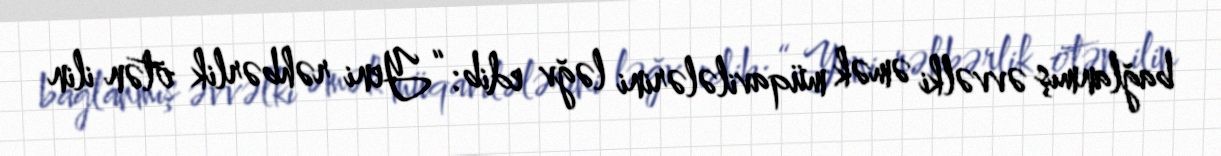
bağlanmış əvvəlki əmək müqavilələrini ləğv edib: “Yeni rəhbərlik ötən ilin